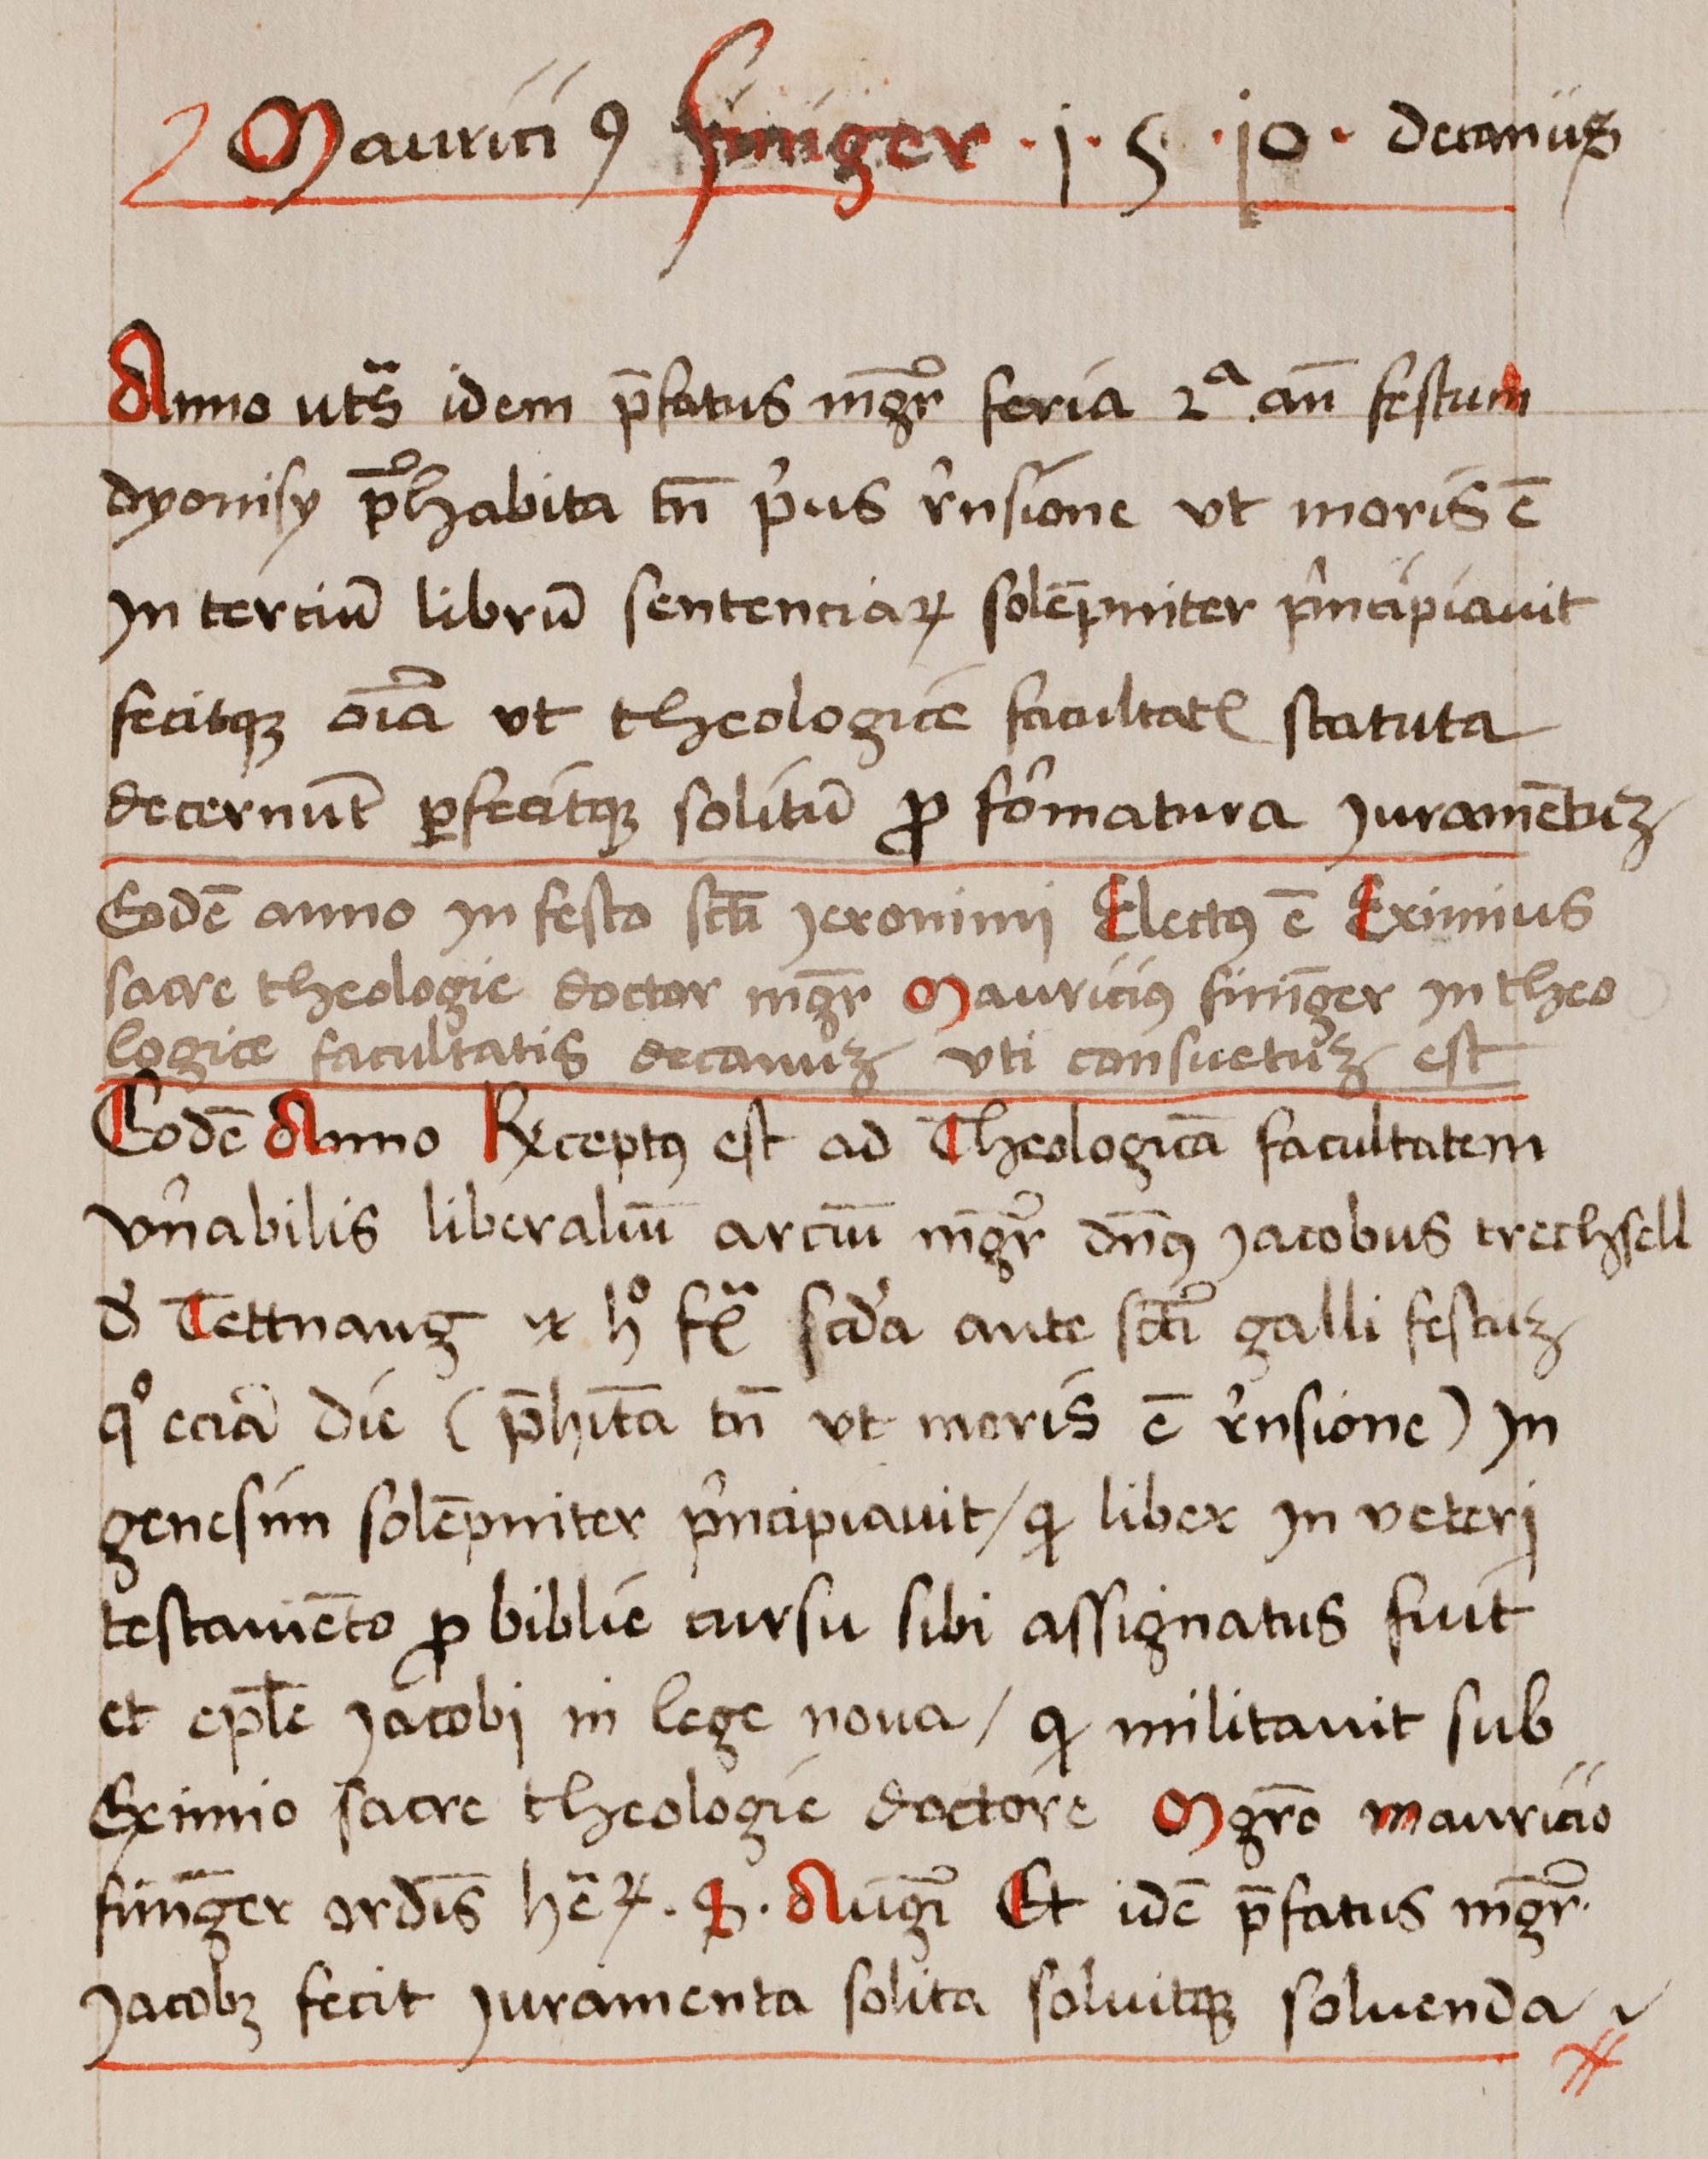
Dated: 1462–1740